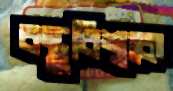
বস্তুবিশ্বকে